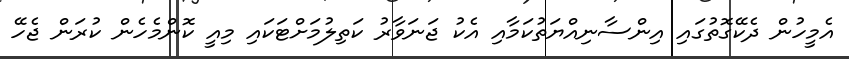
އެމީހުން ދެކޭގޮތުގައި އިންސާނިއްޔަތުކަމާއި އެކު ޖަނަވާރު ކަތިލުމަށްޓަކައި މިއީ ކޮންމެހެން ކުރަން ޖެހޭ